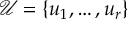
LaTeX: { \mathcal { U } } = \{ u _ { 1 } , \ldots , u _ { r } \}